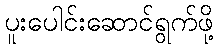
ပူးပေါင်းဆောင်ရွက်ဖို့